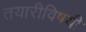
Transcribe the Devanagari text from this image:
तयारीविषयी